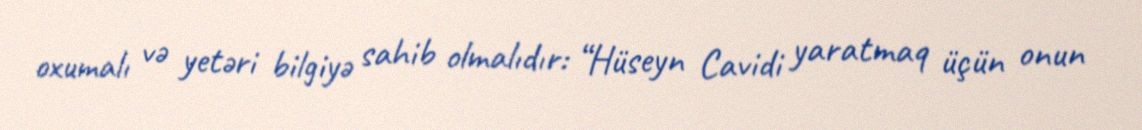
oxumalı və yetəri bilgiyə sahib olmalıdır: “Hüseyn Cavidi yaratmaq üçün onun